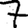
Digit: 7